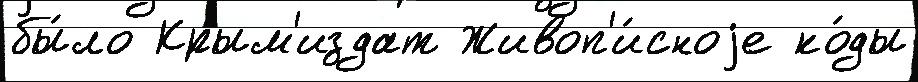
бы́ло Крым'издат Живоп'и́сноjе ко́ды